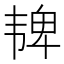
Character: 𫖓